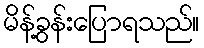
မိန့်ခွန်းပြောရသည်။